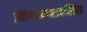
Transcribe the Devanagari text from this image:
किंग्डमशासित